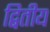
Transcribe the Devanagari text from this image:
द्बितीय